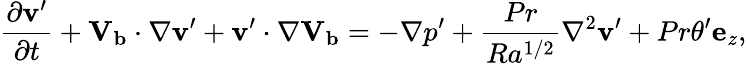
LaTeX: \frac{\partial{\mathbf{v}}^{\prime}}{\partial t}+\mathbf{V_{b}}\cdot\mathbf{\nabla{\mathbf{v}}^{\prime}}+{\mathbf{v}}^{\prime}\cdot\mathbf{\nabla\mathbf{V_{b}}}=-\mathbf{\nabla}{p}^{\prime}+\frac{Pr}{Ra^{1/2}}\mathbf{\nabla}^{2}{\mathbf{v}}^{\prime}+Pr{\theta}^{\prime}\mathbf{e}_{z},